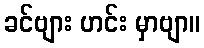
ခင်ဗျား ဟင်း မှာဗျာ။